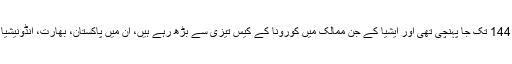
اسی طرح انڈیا میں بھی کورونا کیسز کی تعداد بڑھ کر 144 تک جا پہنچی تھی اور ایشیا کے جن ممالک میں کورونا کے کیس تیزی سے بڑھ رہے ہیں، ان میں پاکستان، بھارت، انڈونیشیا، تھائی لینڈ اور سری لنکا جیسے ممالک بھی شامل ہیں۔